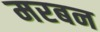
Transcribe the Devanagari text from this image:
मरबन